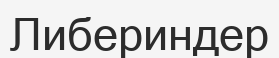
Либериндер